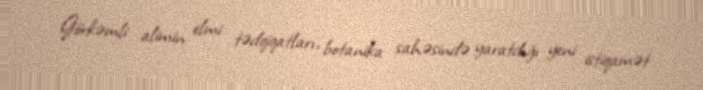
Görkəmli alimin elmi tədqiqatları, botanika sahəsində yaratdığı yeni istiqamət